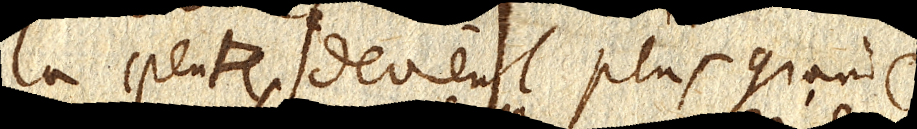
la pente devient plus grande